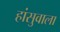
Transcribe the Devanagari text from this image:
हांसुवाला